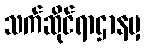
သက်ဆိုင်ရာဌာနမှ